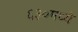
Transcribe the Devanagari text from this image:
६३०मध्ये